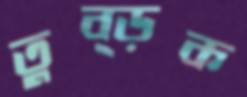
তুব্‌ড়ক